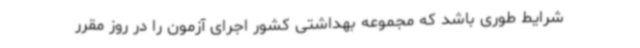
شرایط طوری باشد که مجموعه بهداشتی کشور اجرای آزمون را در روز مقرر